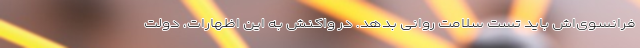
فرانسوی‌اش باید تست سلامت روانی بدهد. در واکنش به این اظهارات، دولت